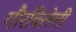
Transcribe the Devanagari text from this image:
गौरविलेली